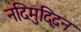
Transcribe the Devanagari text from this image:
नदिमुद्दिन